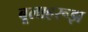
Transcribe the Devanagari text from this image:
बूलाहरूझ